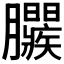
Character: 𣎱